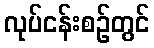
လုပ်ငန်းစဉ်တွင်